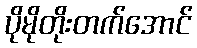
ပိုမိုတိုးတက်အောင်